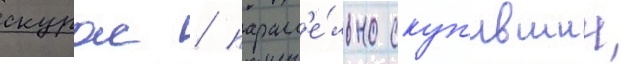
скурас / паралл'е́льно скуп'ившии